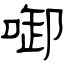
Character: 啣